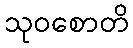
သုဝစောတိ